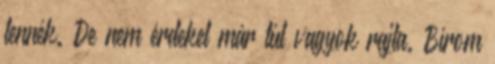
lennék. De nem érdekel már túl vagyok rajta. Bírom